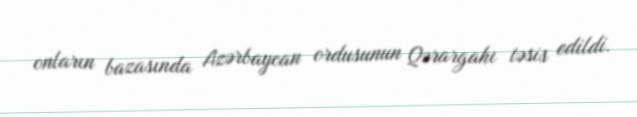
onların bazasında Azərbaycan ordusunun Qərargahı təsis edildi.